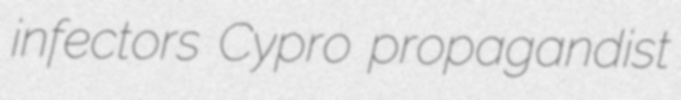
infectors Cypro propagandist